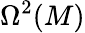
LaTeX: \Omega^{2}(M)